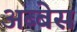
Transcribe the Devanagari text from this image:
अब्बेस